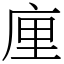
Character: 㢆